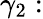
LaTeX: \gamma_{2}: